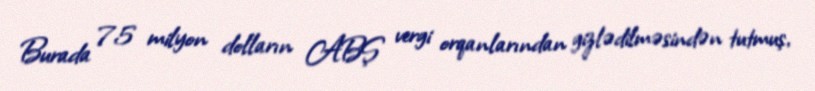
Burada 75 milyon dolların ABŞ vergi orqanlarından gizlədilməsindən tutmuş,